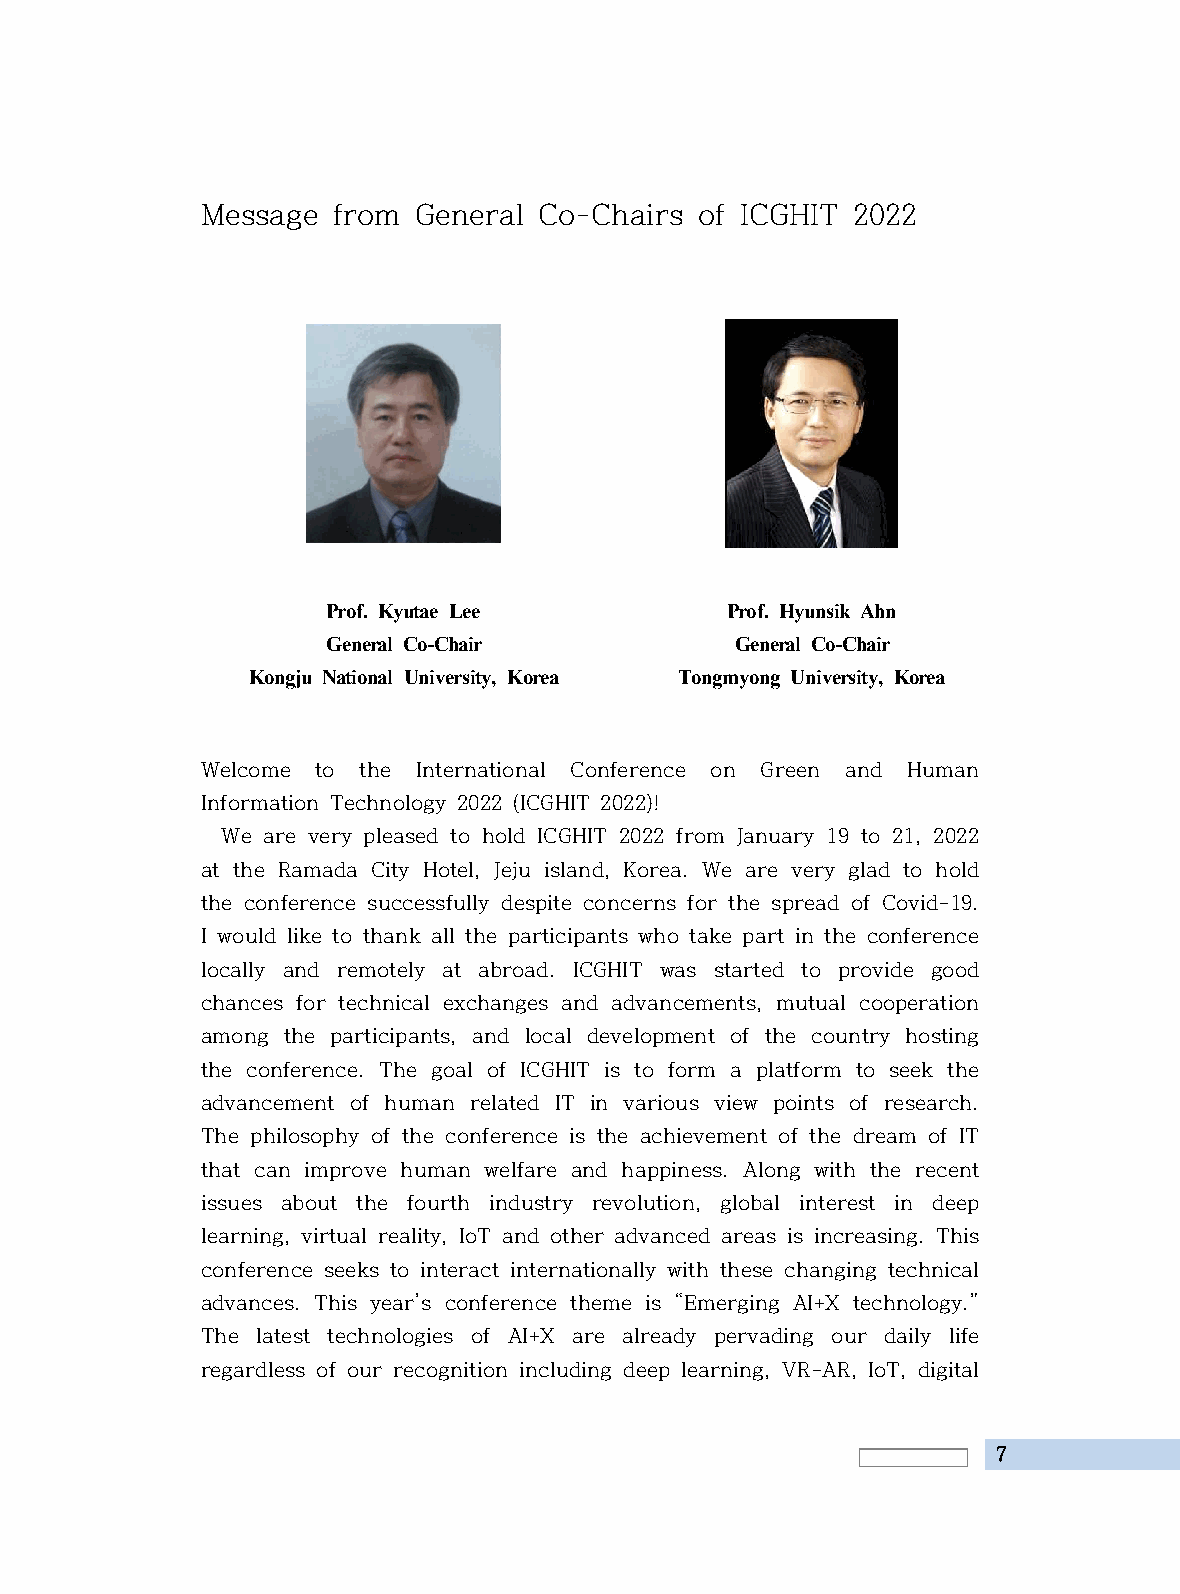
Message  from General  Co-Chairs of ICGHIT 2022
 Prof. Kyutae Lee          Prof. Hyunsik Ahn
 General Co-Chair           General Co-Chair
 Kongju National University, Korea Tongmyong University, Korea
 Welcome to the International Conference on Green and Human
 Information Technology 2022 (ICGHIT 2022)!
 We are very pleased to hold ICGHIT 2022 from January 19 to 21, 2022
 at the Ramada City Hotel, Jeju island, Korea. We are very glad to hold
 the conference successfully despite concerns for the spread of Covid-19.
 I would like to thank all the participants who take part in the conference
 locally and remotely at abroad. ICGHIT was started to provide good
 chances for technical exchanges and advancements, mutual cooperation
 among the participants, and local development of the country hosting
 the conference. The goal of ICGHIT is to form a platform to seek the
 advancement of human related IT in various view points of research.
 The philosophy of the conference is the achievement of the dream of IT
 that can improve human welfare and happiness. Along with the recent
 issues about the fourth industry revolution, global interest in deep
 learning, virtual reality, IoT and other advanced areas is increasing. This
 conference seeks to interact internationally with these changing technical
 advances. This year’s conference theme is “Emerging AI+X technology.”
 The latest technologies of AI+X are already pervading our daily life
 regardless of our recognition including deep learning, VR-AR, IoT, digital
 7